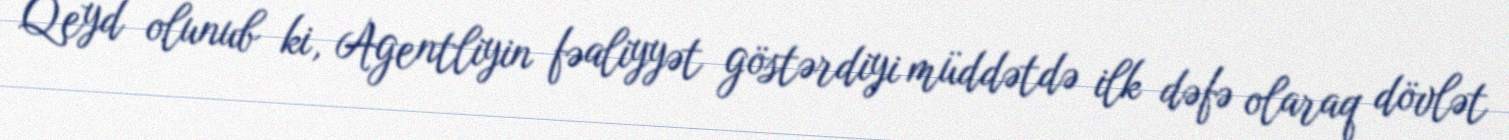
Qeyd olunub ki, Agentliyin fəaliyyət göstərdiyi müddətdə ilk dəfə olaraq dövlət